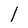
Character: l